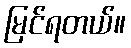
မြင်ရတယ်။